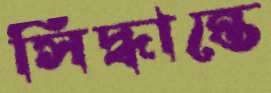
সিদ্ধান্তে